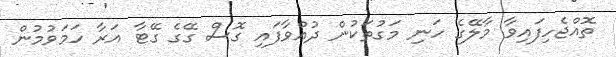
ތޮއްޖެހިފައިވާ މާލޭގެ ހަނި މަގުތަކުން ދުއްވާފައި ގޮސް ގޭގެ ގޭޓާ އަރާ ހަމަވުމުން